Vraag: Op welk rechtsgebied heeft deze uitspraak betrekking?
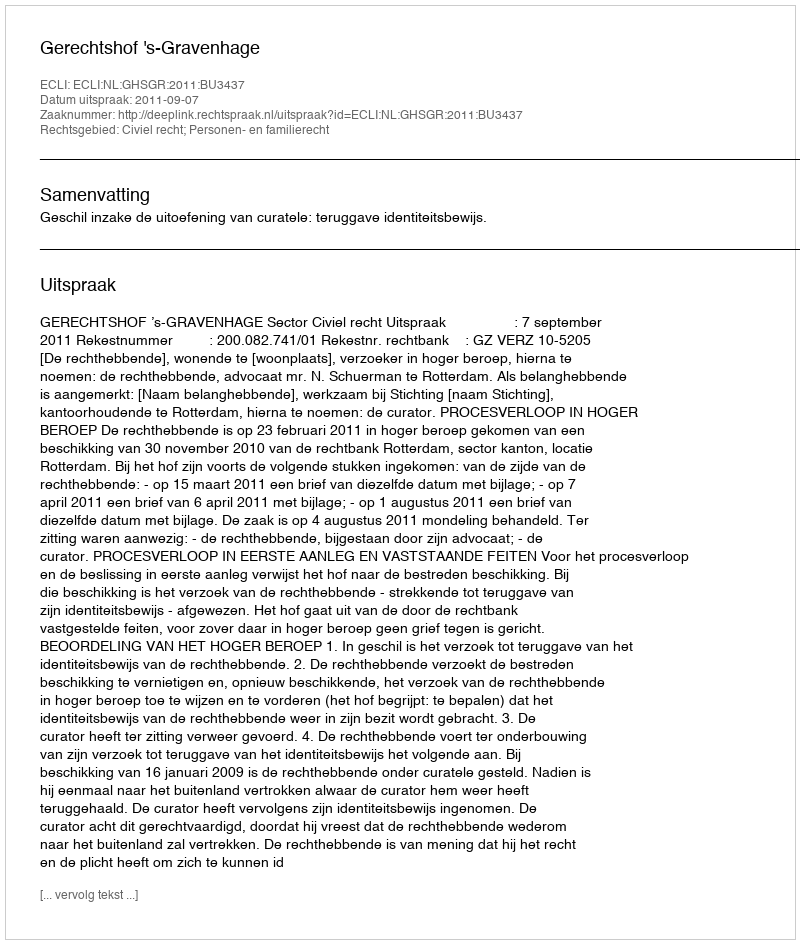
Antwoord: Civiel recht; Personen- en familierecht